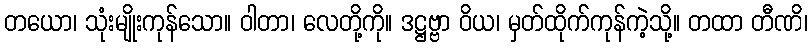
တယော၊ သုံးမျိုးကုန်သော။ ဝါတာ၊ လေတို့ကို။ ဒဋ္ဌဗ္ဗာ ဝိယ၊ မှတ်ထိုက်ကုန်ကဲ့သို့။ တထာ တီဏိ၊